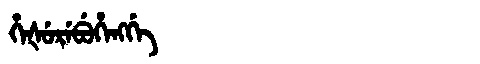
Manchu: ᡥᡝᡧᡠᡵᡝᠪᡠᡥᡝᠩᡤᡝ
Romanization: HEŠUREBUHENGGE